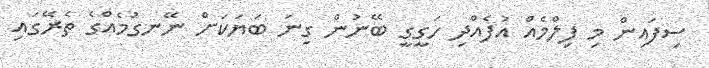
ސިފައިން މި ފިލްމެއް އުފެއްދި ހަގީގީ ބޭނުން ގިނަ ބަޔަކަށް ނޭނގުމެއްގެ ތެރޭގައި